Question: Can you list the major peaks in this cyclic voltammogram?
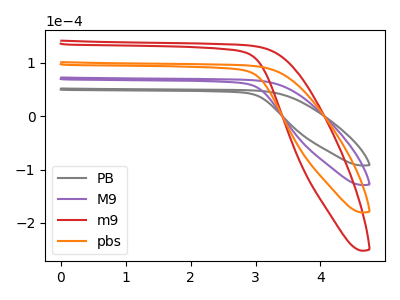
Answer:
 <answer>The gray curve "PB" has no peaks. The purple curve "M9" has no peaks. The red curve "m9" has no peaks. The orange curve "pbs" has no peaks.</answer>
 <eval></eval>